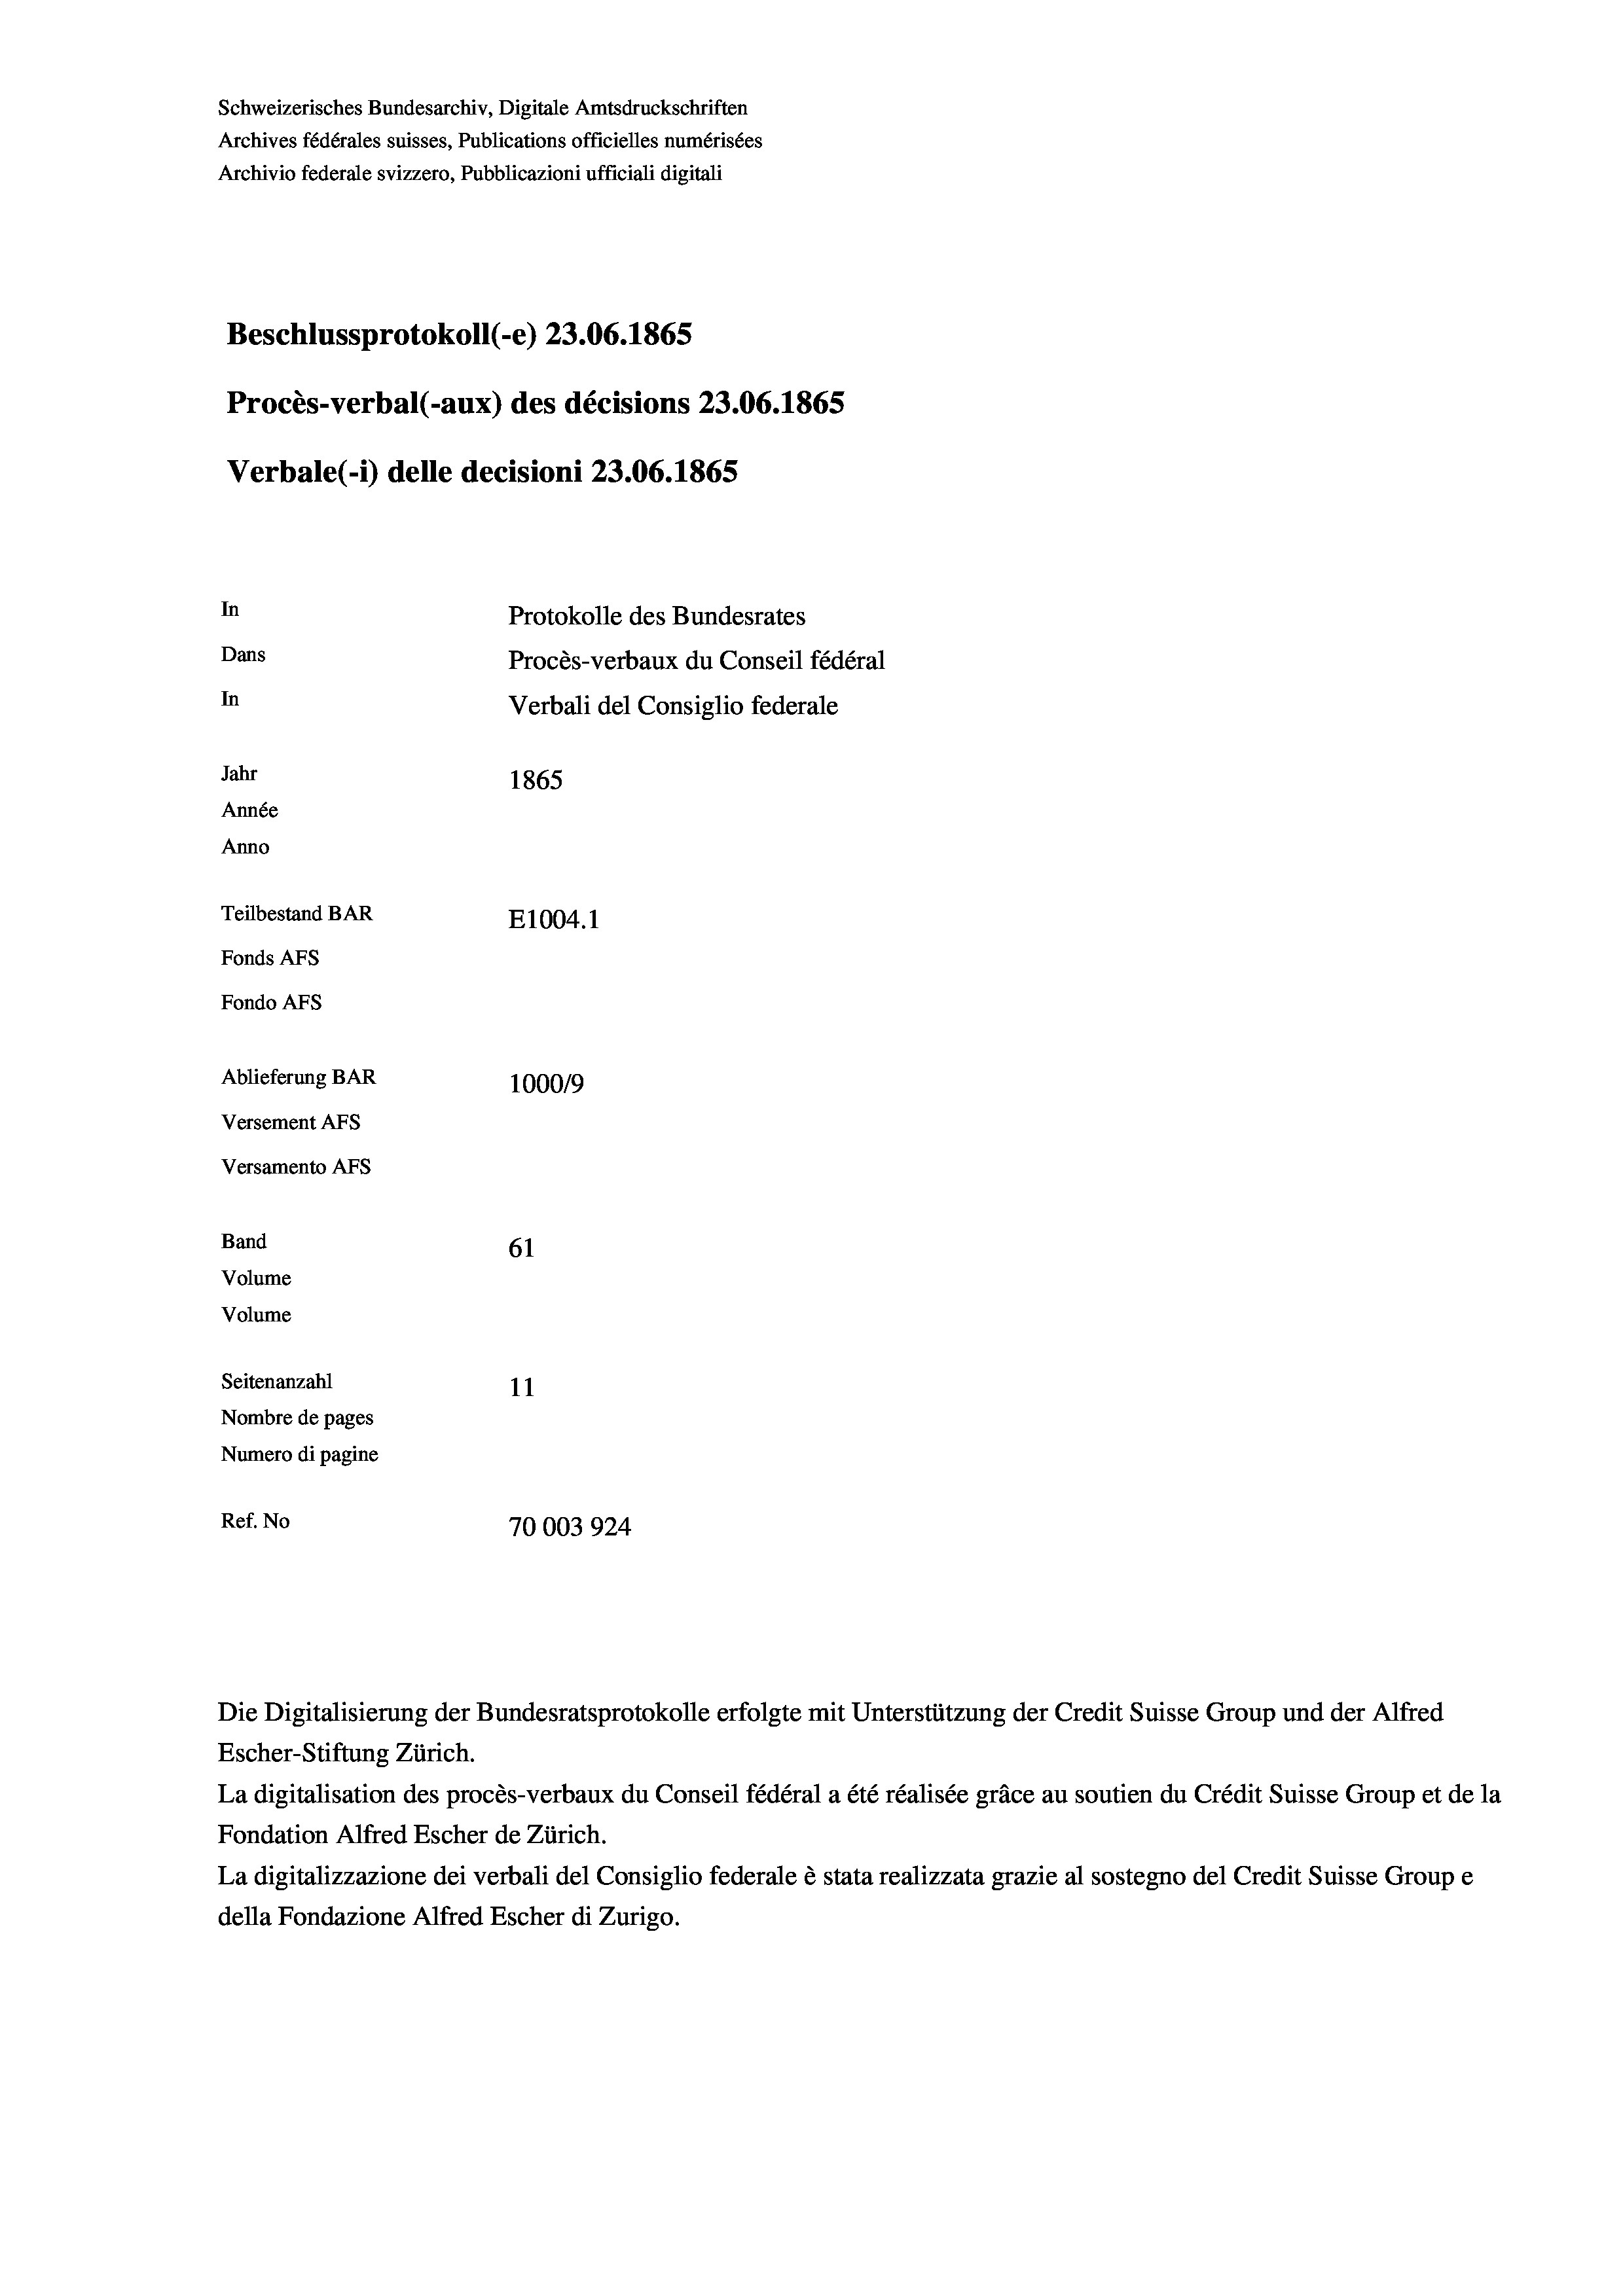
Schweizerisches Bundesarchiv, Digitale Amtsdruckschriften
Archives fédérales suisses, Publications officielles numérisées
Archivio federale svizzero, Pubblicazioni ufficiali digitali
Beschlussprotokoll (-e) 23.06. 1865
Procès-verbal (-aux) des décisions 23.06. 1865
Verbale (1) delle decisioni 23.06. 1865
In
Protokolle des Bundesrates
Dans
Procès-verbaux du Conseil fédéral
In
Verbali del Consiglio federale
Jahr
1865
Année
Anno
Teilbestand BAR
E1004. 1
Fonds AFs
Fondo AFS
Ablieferung BAR
100019
Versement Abs
Versamento Afs

61
Volume
Seitenanzahl
11
Nombre de pages
Numero di pagine
Ref. No
70003924

Band

Volume

Escher-Stiftung Zürich.
La digitalisation des procès-verbaux du Conseil fédéral a été réalisée gräce au soutien du Crédit Suisse Group et de la
Fondation Alfred Escher de Zürich.
La digitalizzazione dei verbali del Consiglio federale è stata realizzata grazie al sostegno del Credit Suisse Groupe
della Fondazione Alfred Escher di Zurigo.

Die Digitalisierung der Bundesratsprotokolle erfolgte mit Unterstützung der Credit Suisse Group und der Alfred